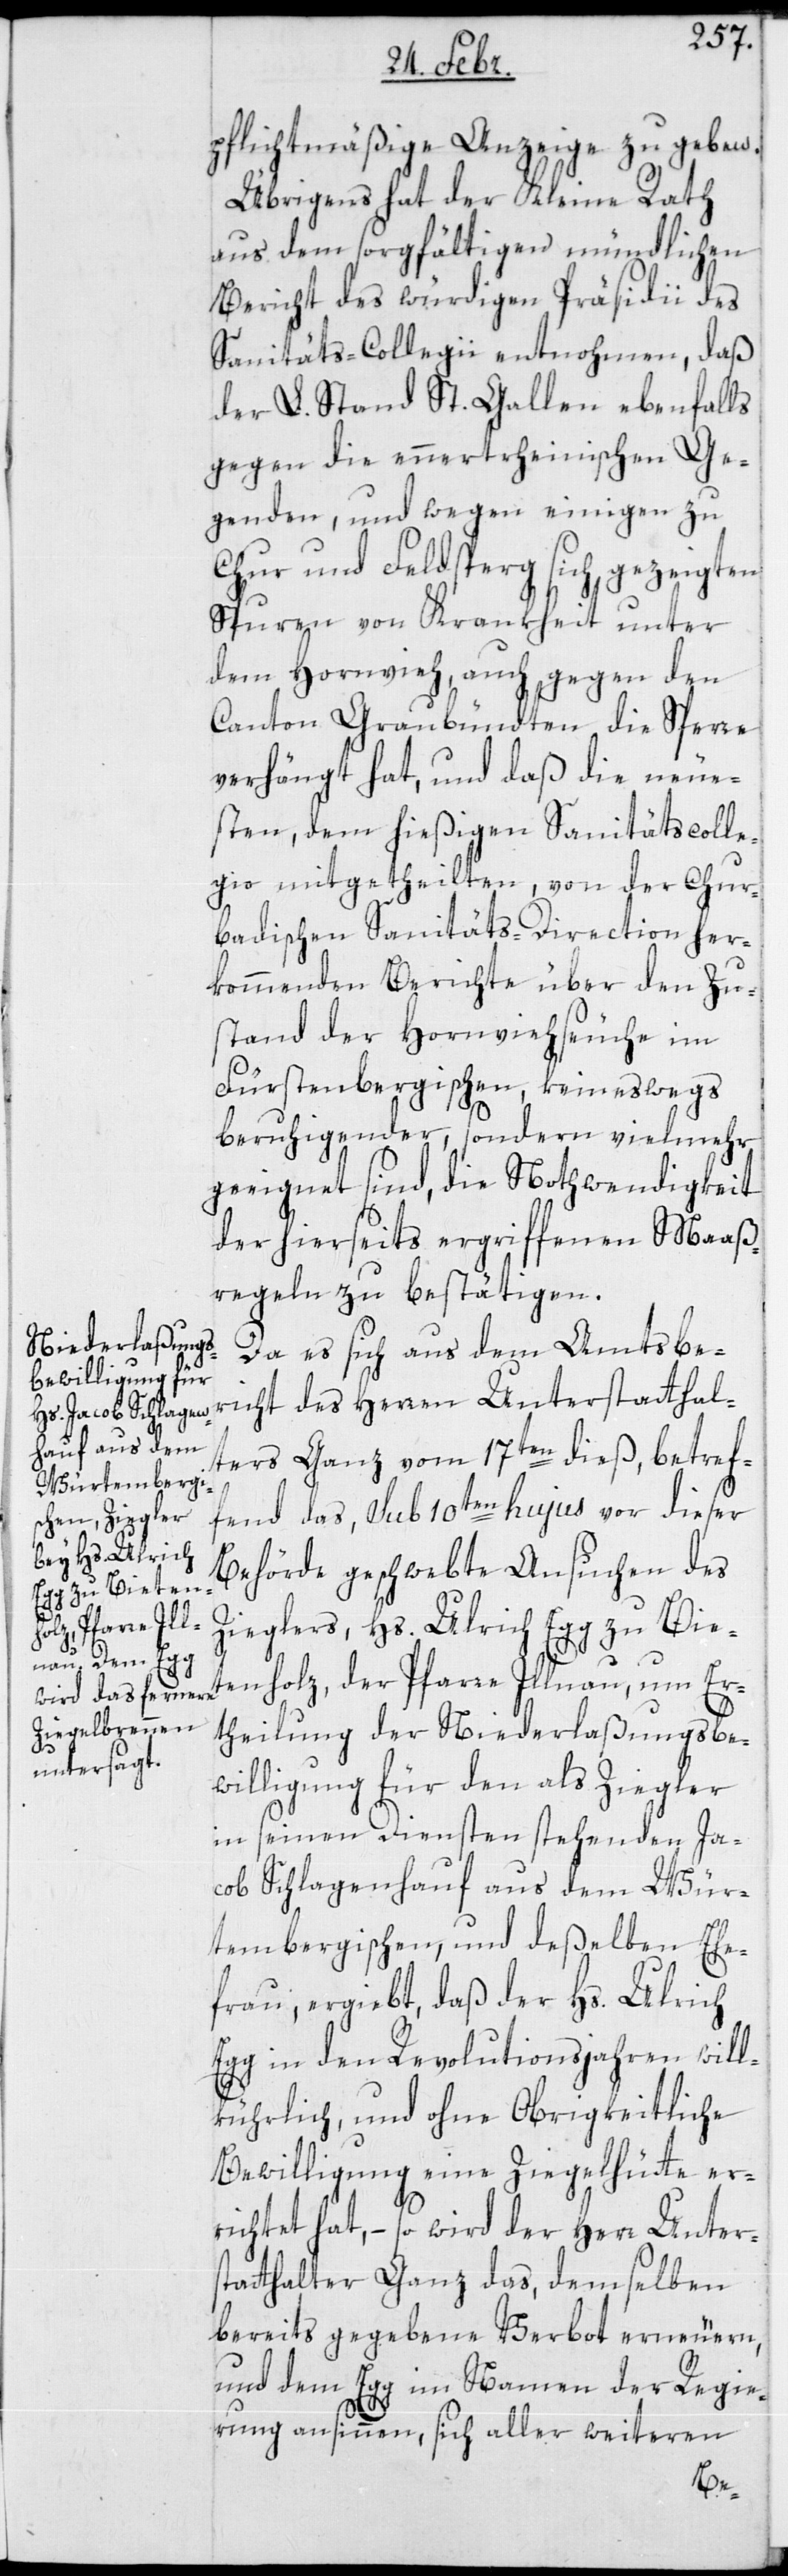
pflichtmäßige Anzeige zu geben.
Übrigens hat der Kleine Rath
aus dem sorgfältigen mündlichen
Bericht des würdigen Präsidii des
Sanitäts-Collegii entnohmen, daß
der L. Stand St. Gallen ebenfalls
gegen die ennertrheinischen Ge¬
genden, und wegen einigen zu
Chur und Feldsperg sich gezeigten
Spuren von Krankheit unter
dem Hornvieh, auch gegen den
Canton Graubündten die Sperre
verhängt hat, und daß die neue¬
sten, dem hießigen Sanitätscolle¬
gio mitgetheilten, von der Chur¬
badischen Sanitäts-Direction her¬
kommenden Berichte über den Zu¬
stand der Hornviehseuche im
Fürstenbergischen, keineswegs
beruhigender, sondern vielmehr
geeignet sind, die Nothwendigkeit
der hierseits ergriffenen Maaß¬
regeln zu bestätigen.
Da es sich aus dem Amtsbe¬
richt des Herren Unterstatthal¬
ters Ganz vom 17ten dieß, betref¬
fend das, sub 10ten hujus vor dieser
Behörde geschwebte Ansuchen des
Zieglers, Hs. Ulrich Egg zu Bie¬
tenholz, der Pfarre Illnau, um Er¬
theilung der Niederlaßungs-Be¬
willigung für den als Ziegler
in seinen Diensten stehenden Ja¬
cob Schlagenhauf aus dem Wür¬
tembergischen, und deßelben Ehe¬
frau, ergibt, daß der Hs. Ulrich
Egg in den Revolutionsjahren will¬
kürlich und ohne Obrigkeitliche
Bewilligung eine Ziegelhütte er¬
richtet hat, – so wird der Herr Unter¬
statthalter Ganz das, demselben
bereits gegebene Verbot erneuern,
und dem Egg im Namen der Regie¬
rung ansinnen, sich aller weiteren